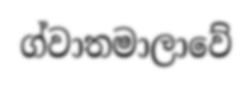
ග්වාතමාලාවේ